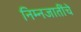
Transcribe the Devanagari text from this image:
निम्नजातींचे